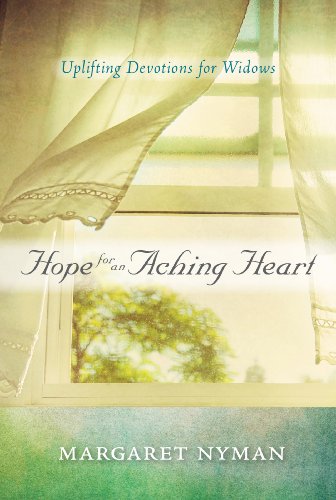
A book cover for Hope for an Aching Heart: Uplifting Devotions for Widows; Margaret Nyman; Christian Books & Bibles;